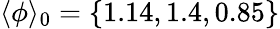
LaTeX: \langle\phi\rangle_{0}=\{ 1.14,1.4,0.85\}